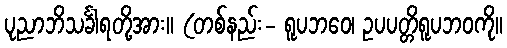
ပုညာဘိသင်္ခါရတို့အား။ (တစ်နည်း- ရူပဘဝေ၊ ဥပပတ္တိရူပဘဝကို။